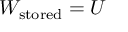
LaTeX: W _ { \mathrm { s t o r e d } } = U